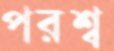
পরশ্ব